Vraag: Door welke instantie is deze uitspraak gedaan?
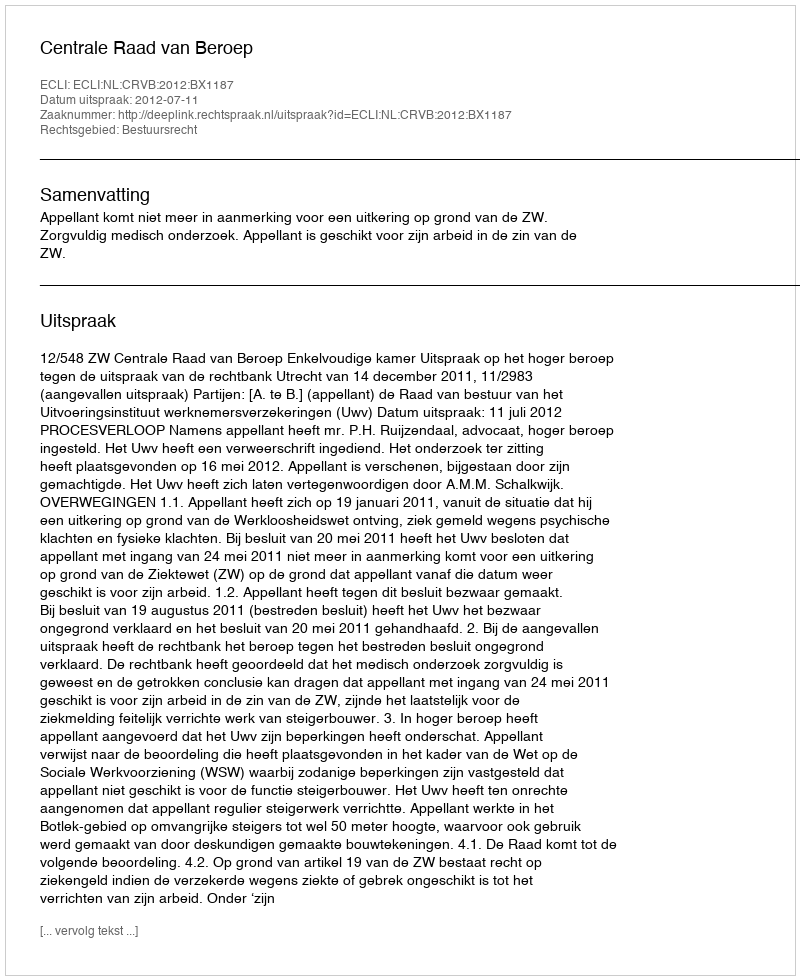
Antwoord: Centrale Raad van Beroep